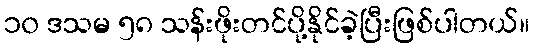
၁၀ ဒသမ ၅၈ သန်းဖိုးတင်ပို့နိုင်ခဲ့ပြီးဖြစ်ပါတယ်။